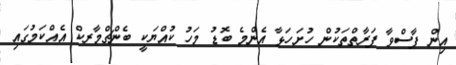
އިން ފާސްވާ ފަރާތްތަކުން ހުށަހަޅާ އެންމެ ބޮޑު މަހު ކުއްޔަކީ ބެންޗްމާރކް އެއްކަމުގައި